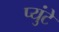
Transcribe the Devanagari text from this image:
प्युंटे